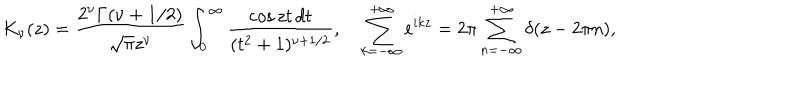
LaTeX: K _ { \nu } ( z ) = \frac { 2 ^ { \nu } \Gamma ( \nu + 1 / 2 ) } { \sqrt { \pi } z ^ { \nu } } \int _ { 0 } ^ { \infty } { \frac { \cos z t \, d t } { ( t ^ { 2 } + 1 ) ^ { \nu + 1 / 2 } } } , \quad \sum _ { k = - \infty } ^ { + \infty } e ^ { i k z } = 2 \pi \sum _ { n = - \infty } ^ { + \infty } \delta ( z - 2 \pi n ) ,